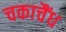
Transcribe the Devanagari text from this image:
चकाचैंध